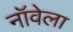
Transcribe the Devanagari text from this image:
नॉवेला